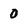
Character: 0